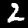
Digit: 2